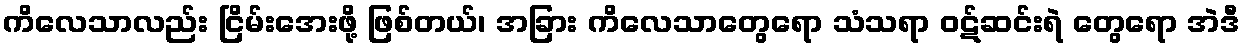
ကိလေသာလည်း ငြိမ်းအေးဖို့ ဖြစ်တယ်၊ အခြား ကိလေသာတွေရော သံသရာ ဝဋ်ဆင်းရဲ တွေရော အဲဒီ